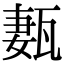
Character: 㼮